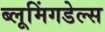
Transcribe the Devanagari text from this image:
ब्लूमिंगडेल्स